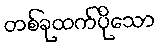
တစ်ခုထက်ပိုသော